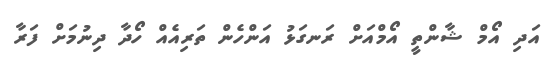
އަދި އޯމް ޝާންތީ އޯމްއަށް ރަނގަޅު އަންހެން ތަރިއެއް ހޯދާ ދިނުމަށް ފަރާ